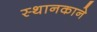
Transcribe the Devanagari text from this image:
स्थानकाने